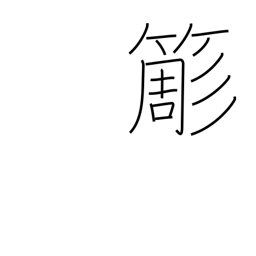
Meaning: bamboo whisk